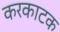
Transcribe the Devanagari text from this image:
करकाटक